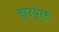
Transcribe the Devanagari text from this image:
खुरयुक्त